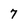
Character: 7